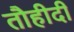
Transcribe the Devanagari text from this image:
तौहीदी